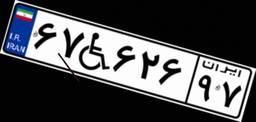
۶۷W۶۲۶۹۷